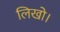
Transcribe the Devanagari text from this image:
लिखो।